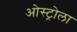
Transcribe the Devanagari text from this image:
ओस्ट्रोला